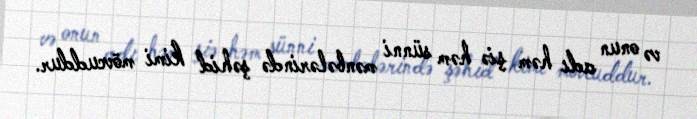
və onun adı həm şiə həm sünni mənbələrində şəhid kimi mövcuddur.